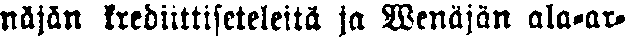
näjän krediittiseteleita ja Wenäjän ala-ar-